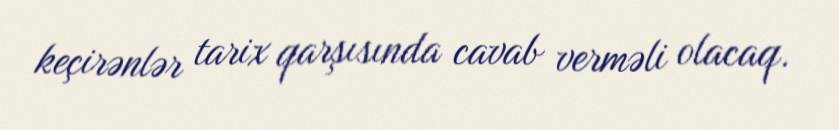
keçirənlər tarix qarşısında cavab verməli olacaq.